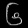
Digit: ၆